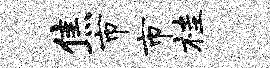
焦市市桂